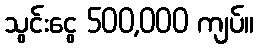
သွင်းငွေ 500,000 ကျပ်။